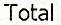
TOTAL